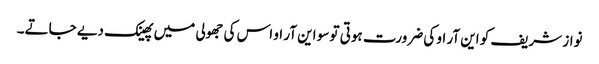
نواز شریف کو این آر او کی ضرورت ہوتی تو سو این آر او اس کی جھولی میں پھینک دیے جاتے۔